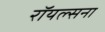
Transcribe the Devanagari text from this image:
रॉयल्सना